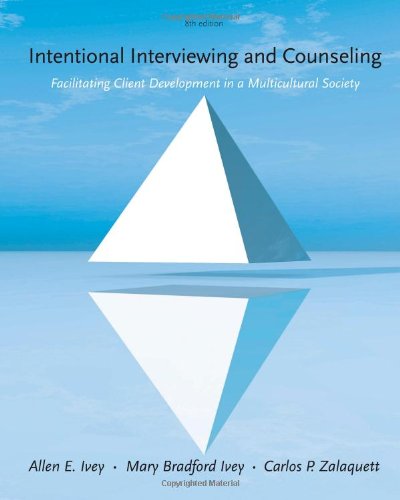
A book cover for Intentional Interviewing and Counseling: Facilitating Client Development in a Multicultural Society; Allen E. Ivey; Engineering & Transportation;